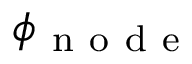
\phi _ { \mathrm { ~ n ~ o ~ d ~ e ~ } }